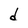
Character: d